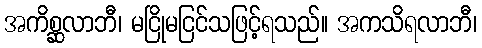
အကိစ္ဆလာဘီ၊ မငြိုမငြင်သဖြင့်ရသည်။ အကသိရလာဘီ၊